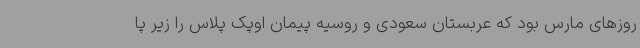
روزهای مارس بود که عربستان سعودی و روسیه پیمان اوپک پلاس را زیر پا